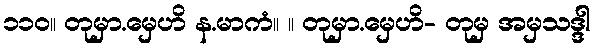
၁၁၀။ တုမှာ.မှေဟိ န.မာကံ။ ။ တုမှာ.မှေဟိ- တုမှ အမှသဒ္ဒါ